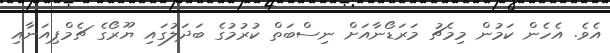
އެވެ. އެހެން ކަމުން މިމެޗު މަރަޑޯނާއަށް ނިސްބަތް ކުރުމުގެ ބަދަލުގައި ޔޫރޯގެ ޗެމްޕިއަނާއި